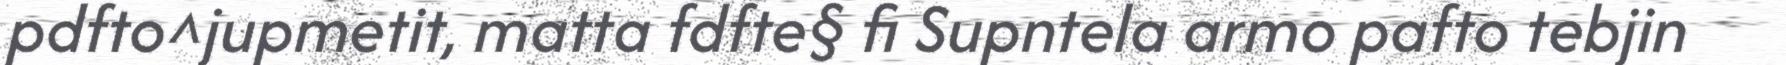
pdfto^jupmetit, matta fdfte§ fi Supntela armo pafto tebjin